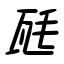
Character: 瓱